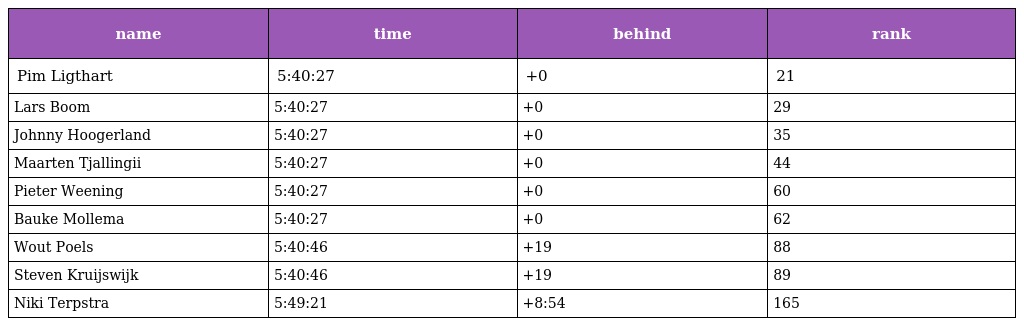
| name | time | behind | rank |
 | --- | --- | --- | --- |
 | Pim Ligthart | 5:40:27 | +0 | 21 |
 | Lars Boom | 5:40:27 | +0 | 29 |
 | Johnny Hoogerland | 5:40:27 | +0 | 35 |
 | Maarten Tjallingii | 5:40:27 | +0 | 44 |
 | Pieter Weening | 5:40:27 | +0 | 60 |
 | Bauke Mollema | 5:40:27 | +0 | 62 |
 | Wout Poels | 5:40:46 | +19 | 88 |
 | Steven Kruijswijk | 5:40:46 | +19 | 89 |
 | Niki Terpstra | 5:49:21 | +8:54 | 165 |